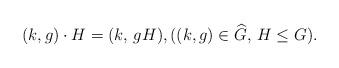
LaTeX: \begin{align*} (k, g) \cdot H = (k,\, g H),((k, g) \in \widehat{G},\, H\leq G).\end{align*}